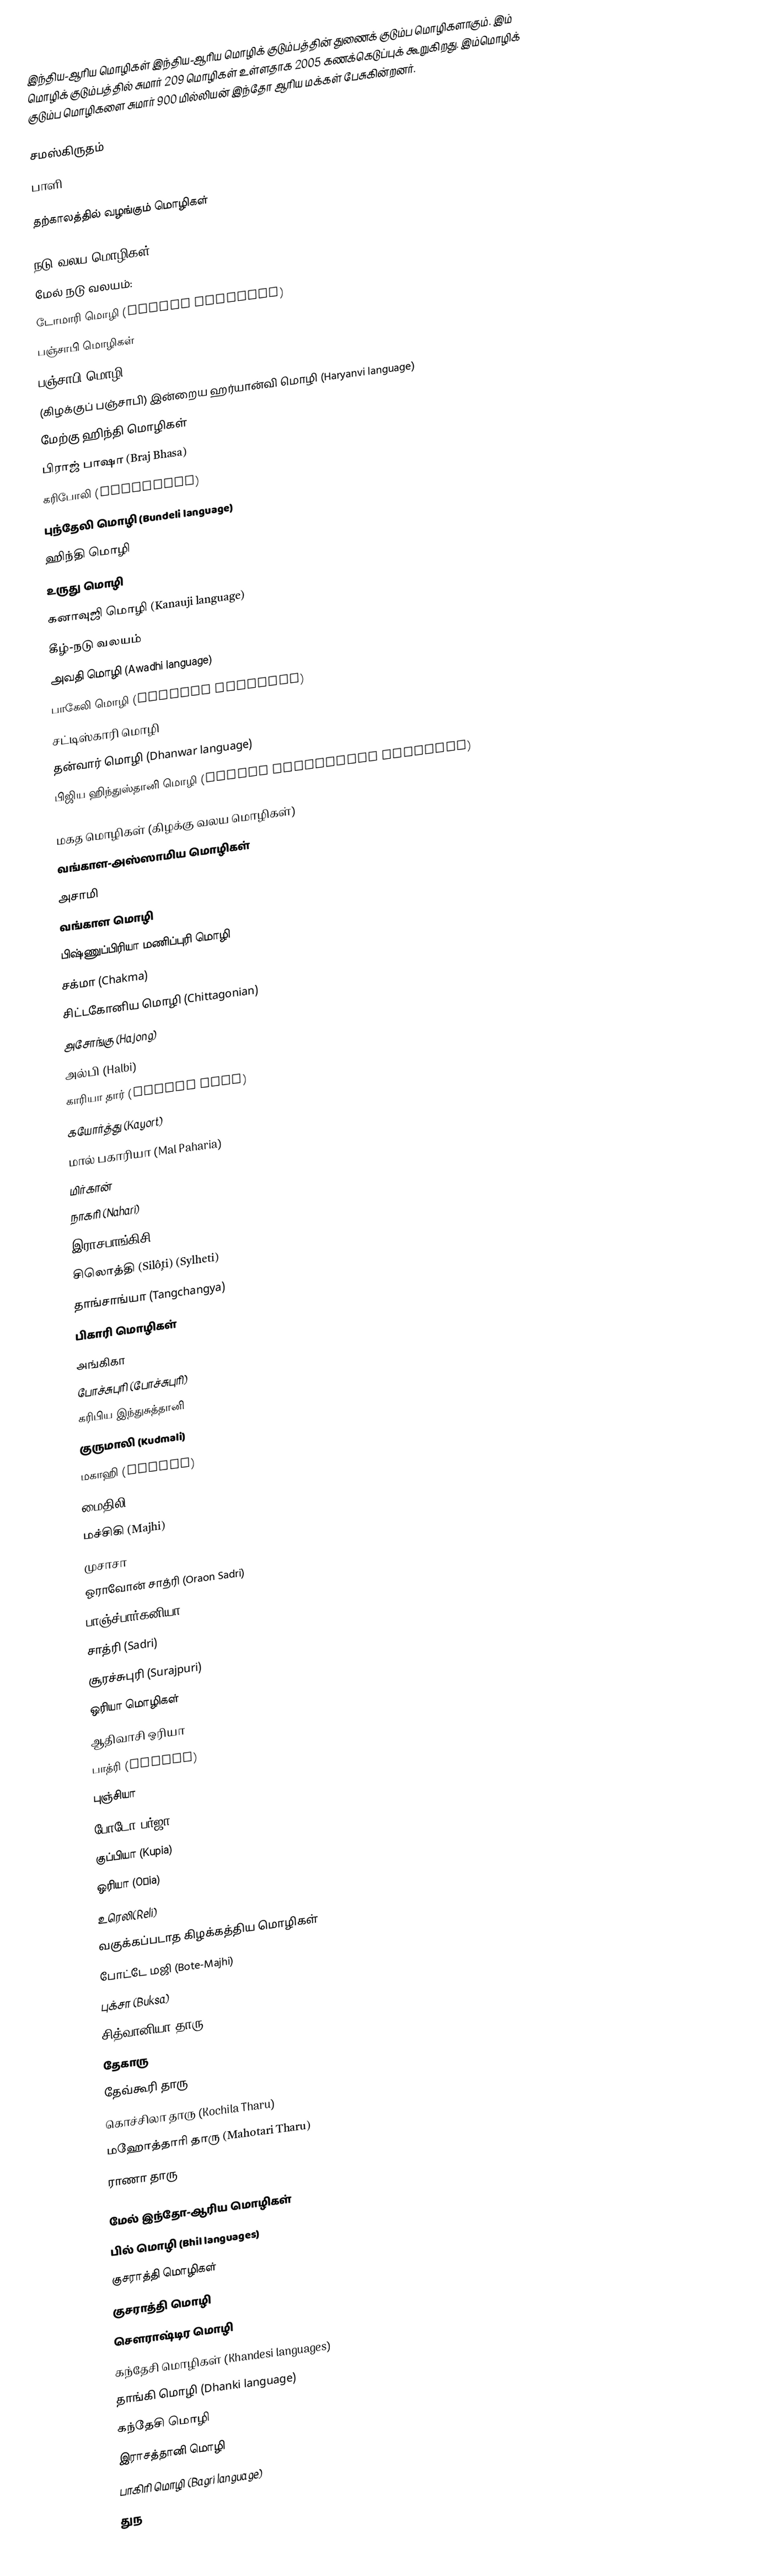
இந்திய-ஆரிய மொழிகள் இந்திய-ஆரிய மொழிக் குடும்பத்தின் துணைக் குடும்ப மொழிகளாகும். இம் மொழிக் குடும்பத்தில் சுமார் 209 மொழிகள் உள்ளதாக 2005 கணக்கெடுப்புக் கூறுகிறது. இம்மொழிக் குடும்ப மொழிகளை சுமார் 900 மில்லியன் இந்தோ ஆரிய மக்கள் பேசுகின்றனர்.

 சமஸ்கிருதம்
 பாளி

தற்காலத்தில் வழங்கும் மொழிகள்

நடு வலய மொழிகள்
 மேல் நடு வலயம்:
 டோமாரி மொழி (Domari language)
 பஞ்சாபி மொழிகள்
 பஞ்சாபி மொழி (Punjabi language)
 (கிழக்குப் பஞ்சாபி) இன்றைய ஹர்யான்வி மொழி (Haryanvi language)
 மேற்கு ஹிந்தி மொழிகள்
 பிராஜ் பாஷா (Braj Bhasa)
 கரிபோலி (Khariboli)
 புந்தேலி மொழி (Bundeli language)
 ஹிந்தி மொழி
 உருது மொழி
 கனாவுஜி மொழி (Kanauji language)
 கீழ்-நடு வலயம்
 அவதி மொழி (Awadhi language)
 பாகேலி மொழி (Bagheli language)
 சட்டிஸ்காரி மொழி
 தன்வார் மொழி (Dhanwar language)
 பிஜிய ஹிந்துஸ்தானி மொழி (Fijian Hindustani language)

மகத மொழிகள் (கிழக்கு வலய மொழிகள்)
 வங்காள-அஸ்ஸாமிய மொழிகள்
 அசாமி
 வங்காள மொழி
 பிஷ்ணுப்பிரியா மணிப்புரி மொழி
 சக்மா (Chakma)
 சிட்டகோனிய மொழி (Chittagonian)
 அசோங்கு (Hajong)
 அல்பி (Halbi)
 காரியா தார் (Kharia Thar)
 கயோர்த்து (Kayort)
 மால் பகாரியா (Mal Paharia)
 மிர்கான்
 நாகரி (Nahari)
 இராசபாங்கிசி
 சிலொத்தி (Silôţi) (Sylheti)
 தாங்சாங்யா (Tangchangya)
 பிகாரி மொழிகள்
 அங்கிகா
 போச்சுபுரி (போச்சுபுரி)
 கரிபிய இந்துசுத்தானி
 குருமாலி (Kudmali)
 மகாஹி (Magahi)
 மைதிலி
 மச்சிகி (Majhi)
 முசாசா
 ஓராவோன் சாத்ரி (Oraon Sadri)
 பாஞ்ச்பார்கனியா (Panchpargania)
 சாத்ரி (Sadri)
 சூரச்சுபுரி (Surajpuri)
 ஒரியா மொழிகள்
 ஆதிவாசி ஒரியா
 பாத்ரி (Bhatri)
 புஞ்சியா
 போடோ பர்ஜா (Bodo Parja)
 குப்பியா (Kupia)
 ஒரியா (Oŗia)
 உரெலி(Reli)
 வகுக்கப்படாத கிழக்கத்திய மொழிகள்
 போட்டே மஜி (Bote-Majhi)
 புக்சா (Buksa)
 சித்வானியா தாரு (Chitwania Tharu)
 தேகாரு
 தேவ்கூரி தாரு
 கொச்சிலா தாரு (Kochila Tharu)
 மஹோத்தாரி தாரு (Mahotari Tharu)
 ராணா தாரு

மேல் இந்தோ-ஆரிய மொழிகள்
 பில் மொழி (Bhil languages)
 குசராத்தி மொழிகள்
 குசராத்தி மொழி
 சௌராஷ்டிர மொழி
 கந்தேசி மொழிகள் (Khandesi languages)
 தாங்கி மொழி (Dhanki language)
 கந்தேசி மொழி
 இராசத்தானி மொழி
 பாகிரி மொழி (Bagri language)
 துந